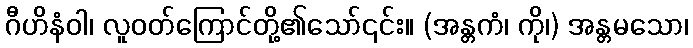
ဂီဟိနံဝါ၊ လူဝတ်ကြောင်တို့၏သော်၎င်း။ (အန္တကံ၊ ကို၊) အန္တမသော၊